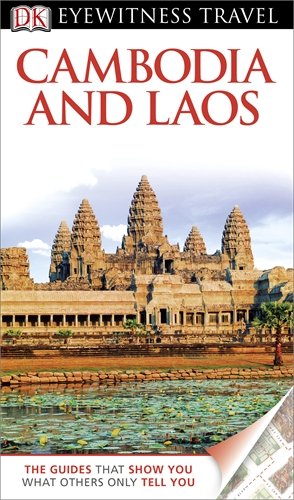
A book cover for DK Eyewitness Travel Guide: Cambodia & Laos; Travel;